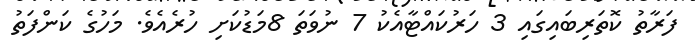
ފަރާތު ކޮތަރިބައިގައި 3 ހަރުކައްޓާއެކު 7 ނުވަތަ 8މަޑުކަށި ހުރެއެވެ. މަހުގެ ކަންފަތު